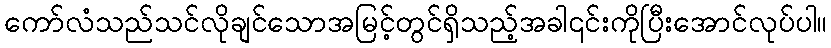
ကော်လံသည်သင်လိုချင်သောအမြင့်တွင်ရှိသည့်အခါ၎င်းကိုပြီးအောင်လုပ်ပါ။